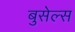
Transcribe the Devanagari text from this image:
बुसेल्स